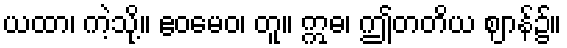
ယထာ၊ ကဲ့သို့။ ဧဝမေဝ၊ တူ။ ဣဓ၊ ဤတတိယ ဈာန်၌။